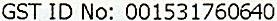
GST ID NO: 001531760640